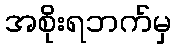
အစိုးရဘက်မှ